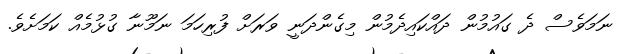
ނަމަވެސް ދެ ގައުމުން ދައްކައިދެމުން މިގެންދަނީ ވަރަށް ފުރިހަމަ ނަމޫނާ ގުޅުމެއް ކަމަށެވެ.